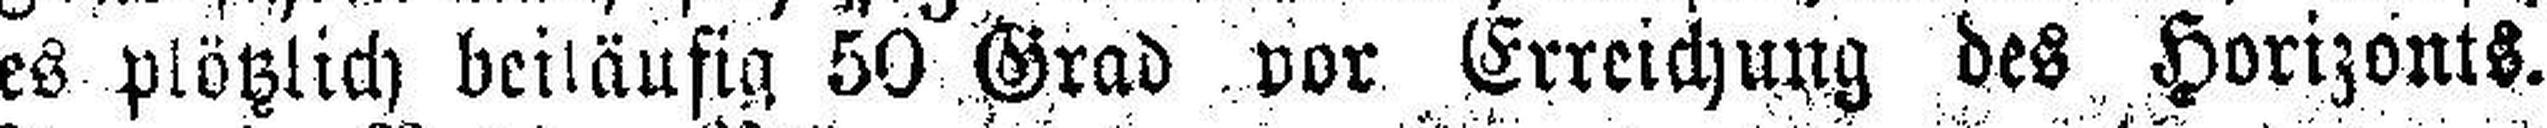
es plötzlich beiläufig 50 Grad vor Erreichung des Horizonts.